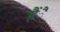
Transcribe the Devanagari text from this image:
हैंै